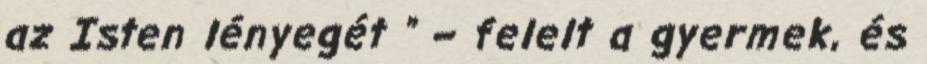
az Isten lényegét ” – felelt a gyermek, és